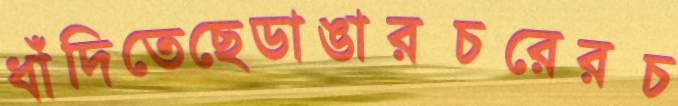
ধাঁদিতেছেডাঙারচরেরচ